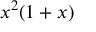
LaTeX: x ^ { 2 } ( 1 + x )